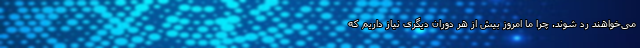
می‌خواهند رد شوند. چرا ما امروز بیش از هر دوران دیگری نیاز داریم که